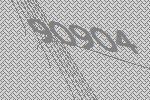
90904